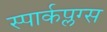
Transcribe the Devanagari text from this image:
स्पार्कप्लग्स